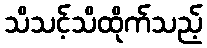
သိသင့်သိထိုက်သည့်